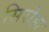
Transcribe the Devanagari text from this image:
सिरोहा